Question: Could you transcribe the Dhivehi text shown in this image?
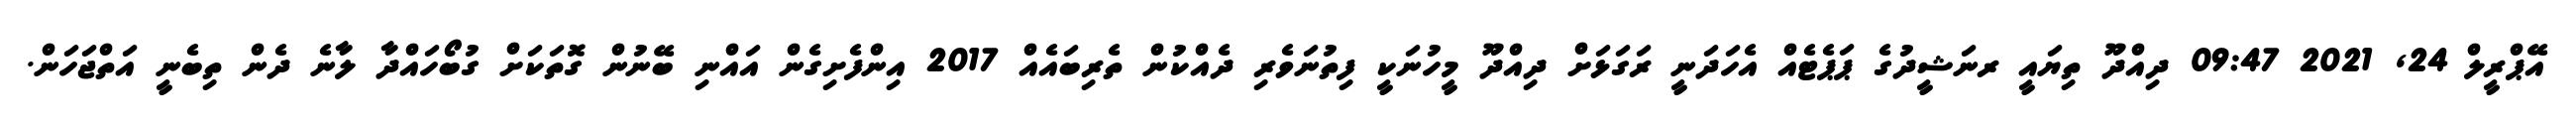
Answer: އޭޕްރީލް 24, 2021 09:47 ދިއްދޫ ތިޔައީ ރނަޝީދުގެ ޕަޕެޓެއް އެހަދަނީ ރަގަޅަށް ދިއްދޫ މީހުނަކީ ފިތުނަވެރި ދެއްކުން ތެރިބައެއް 2017 އިންފެށިގެން އައްނި ބޭނުން ގޮތަކަށް ގުބޯހައްދާ ލާނެ ދެން ތިބެނީ އަތްޖަހަން.